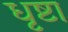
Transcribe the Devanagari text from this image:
धृष्टा